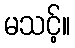
မသင့်။